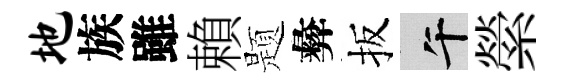
地族雖賴题彜扳午縈